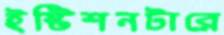
ইষ্টিশনটারে